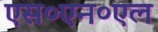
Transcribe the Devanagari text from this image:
एस०एन०एल